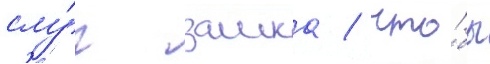
слу́г замка / что́бы